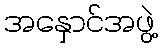
အနှောင်အဖွဲ့